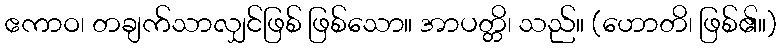
ဧကာဝ၊ တချက်သာလျှင်ဖြစ် ဖြစ်သော။ အာပတ္တိ၊ သည်။ (ဟောတိ၊ ဖြစ်၏။)